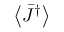
\left\langle { { { \bar { J } } ^ { \dag } } } \right\rangle